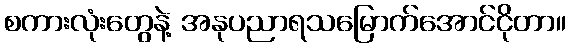
စကားလုံးတွေနဲ့ အနုပညာရသမြောက်အောင်ငိုတာ။